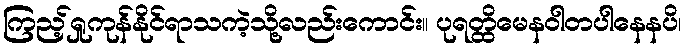
ကြည့်ရှုကုန်နိုင်ရာသကဲ့သို့လည်းကောင်း။ ပုရတ္ထိမေနဝါတပါနေနပိ၊